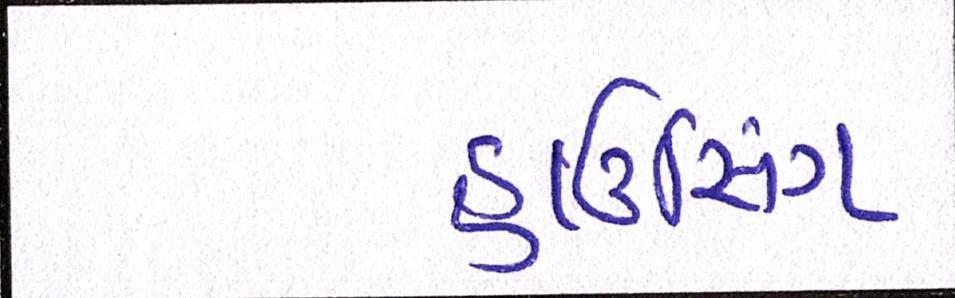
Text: હાઉસિંગ